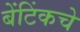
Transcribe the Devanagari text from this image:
बेंटिंकचे